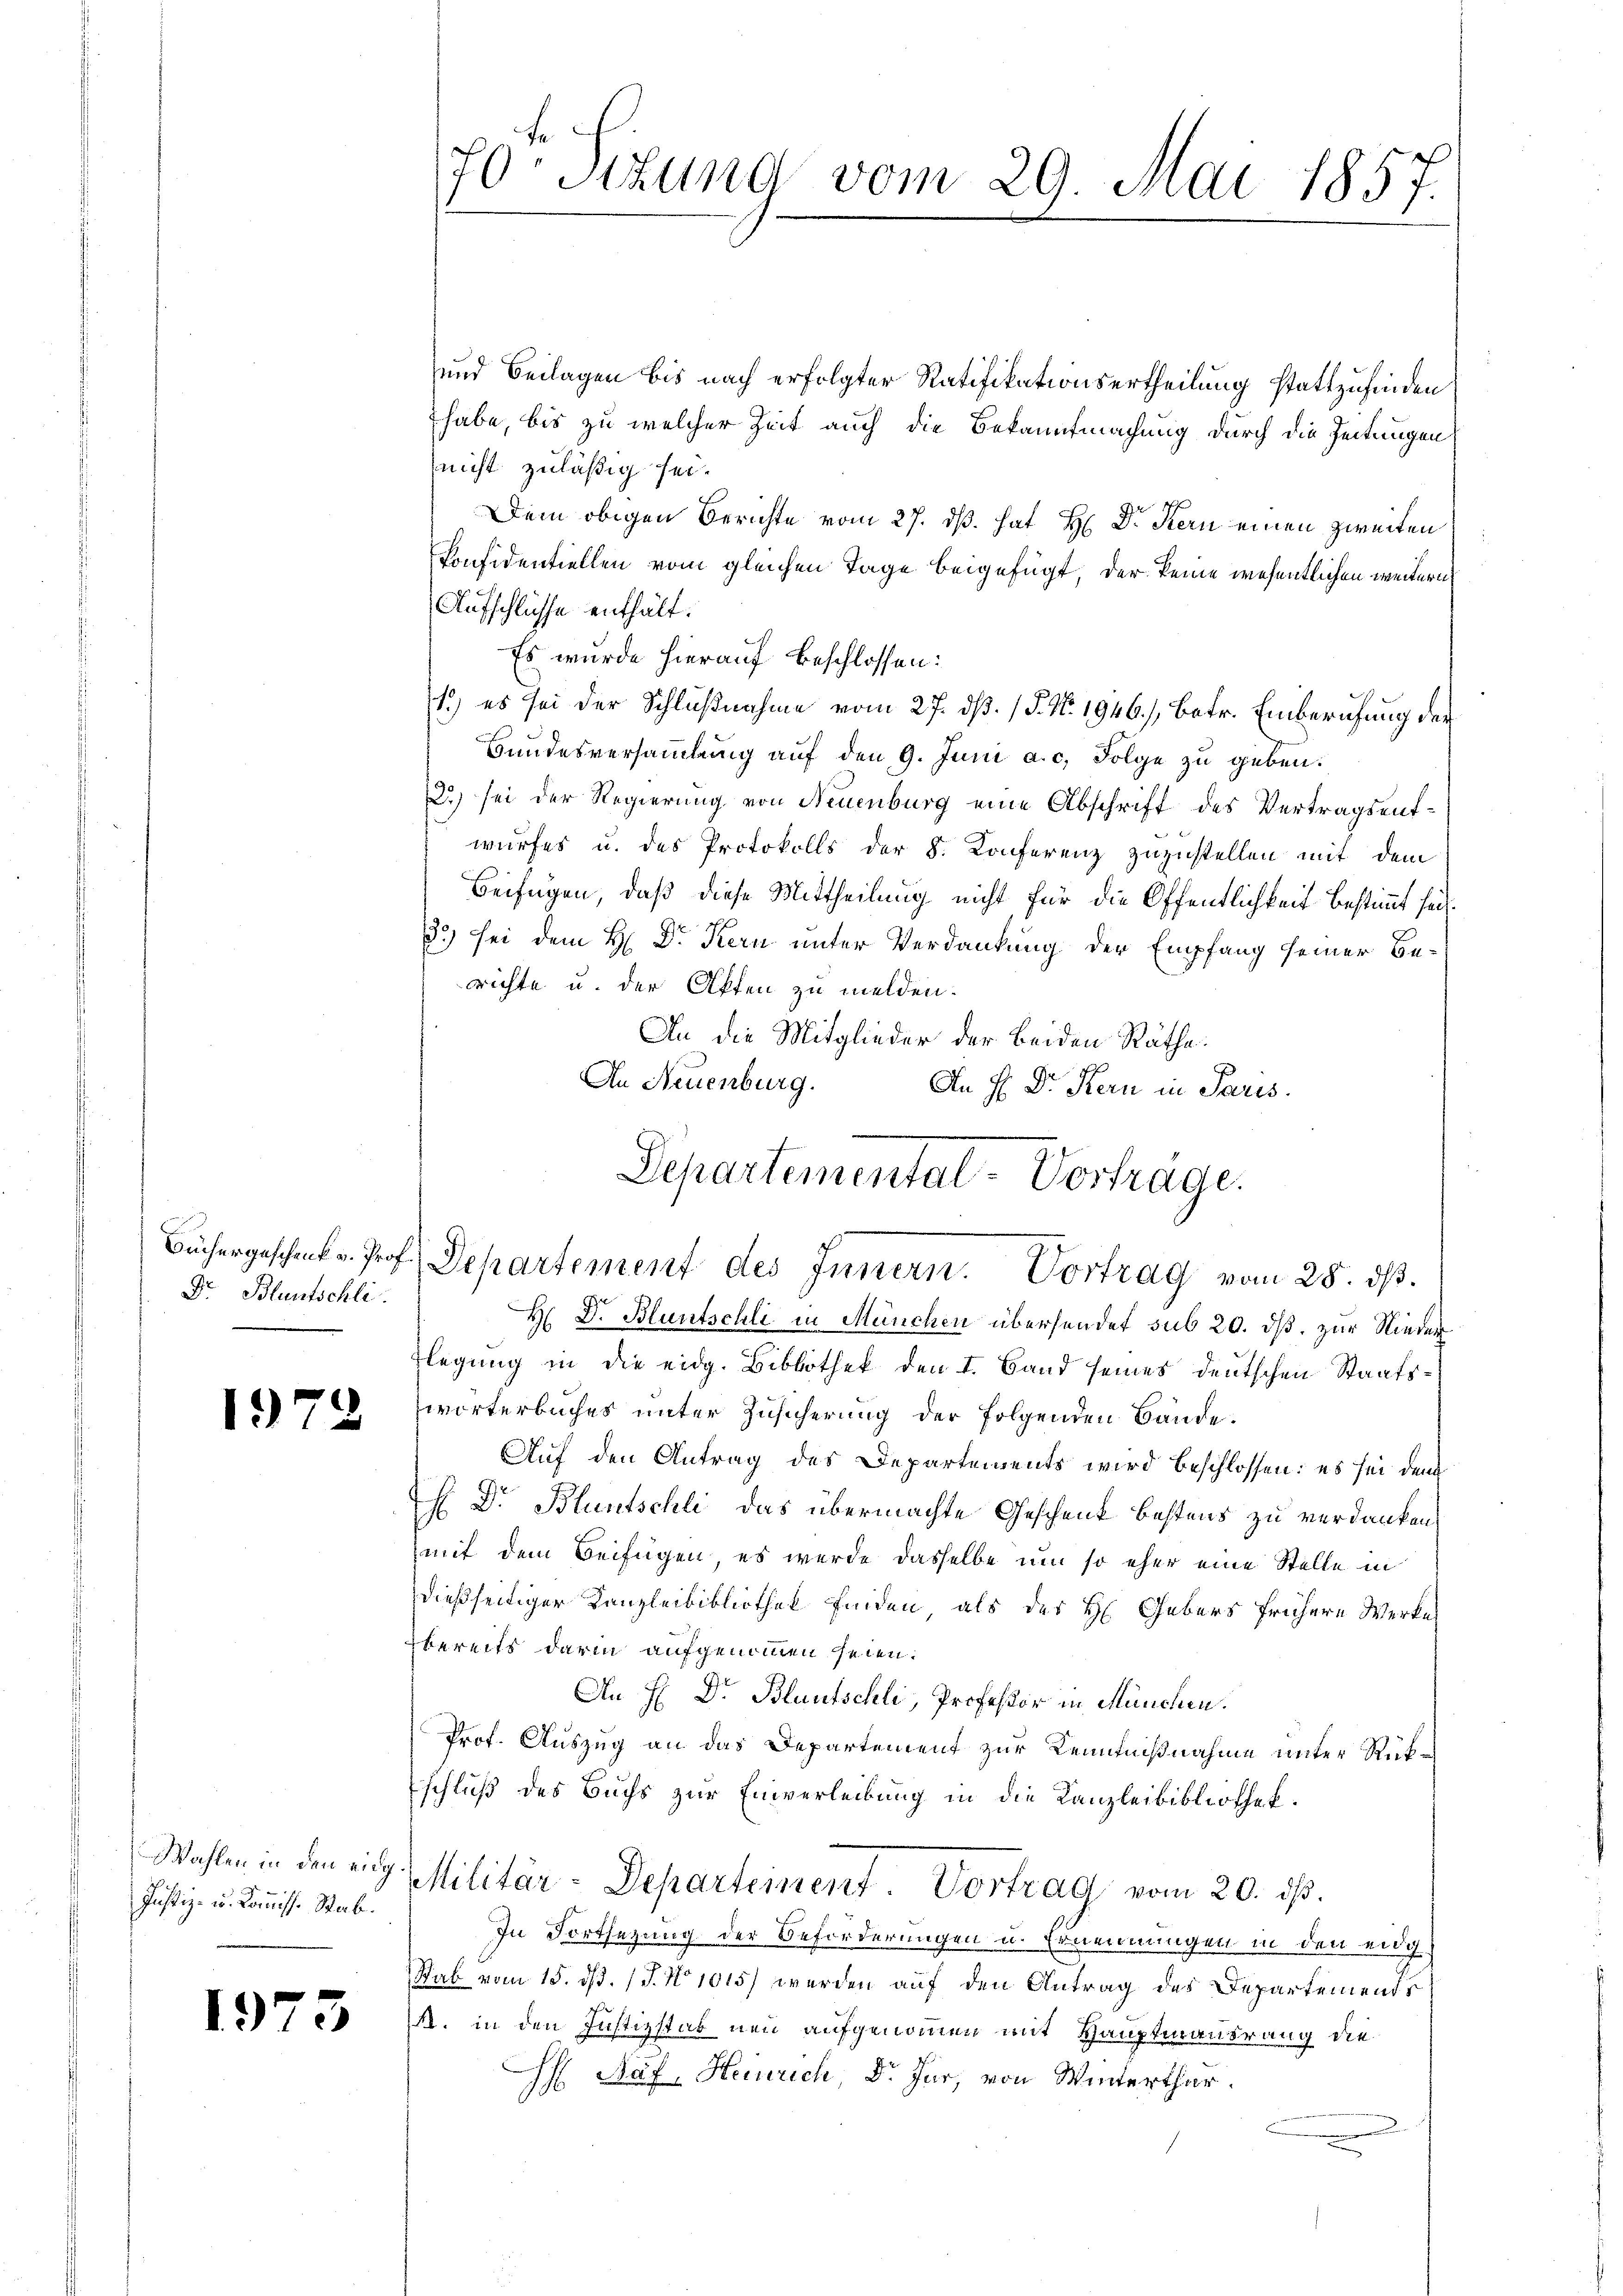
Dr. Bluntschli

197.

Justiz- u. Kommiss. Stab.

1973

und Beilagen bis nach erfolgter Ratifikationsertheilung stattzufinden
habe, bis zu welcher Zeit auch die Bekanntmachung durch die Zeitungen
nicht zuläßig sei.
Dem obigen Berichte vom 27. ds. hat H: Dr. Kern einen zweiten
konfidentiellen vom gleichen Tage beigefügt, der keine wesentlichen weitern
Aufschlüsse enthält.
Es wurde hierauf beschlossen:
1.) es sei der Schlußnahme vom 27. ds. (T. N. 1946./, betr. Einberufung der
Bundesversammlung auf den 9. Juni a.c. Folge zu geben.
2) sei der Regierung von Neuenburg eine Abschrift des Vertragsentwurfes u. des Protokolls der 8. Konferenz zuzustellen mit dem
Beifügen, daß diese Mittheilung nicht für die Öffentlichkeit bestimmt sei¬
33) sei dem H. Dr. Kern unter Verdankung der Empfang seiner Berichte u. der Akten zu melden.
An die Mitglieder der beiden Räthe:
An Neuenburg.
An H. Dr. Kern in Paris.

H Dr. Bluntschli in München übersendet sub 20. ds. zur Nieder¬
Klegung in die eidg. Bibbothek den I. Band seines deutschen Staatswörterbuches unter Zusicherung der folgenden Bände.
Auf den Antrag des Departements wird beschlossen: es sei den
H Dr. Bluntschli das übermachte Geschenk bestens zu verdanken
mit dem Beifügen, es wurde dasselbe um so eher eine Stelle in
dießseitiger Kanzleibibliothek finden, als der H. Gebers frühere Werke
bereits darin aufgenommen seien.
An H: Dr. Blautschli, Professor in München.
Prof. Auszug an das Departement zur Kenntnißnahme unter Rükschluß des Buchs zur Einverleibung in die Kanzleibibliothek.
Wahlen in den ein Militär-Departement. Vortrag vom 20. ds.
In Fortsezung der Beförderungen u. Ernennungen in den eidg
Stab vom 15. ds. (T. No 1015) werden auf den Antrag des Departements
M. in den Justizstab neu aufgenommen mit Hauptmannsrang die
H Näf, Heinrich, Dr. Jur, von Winterthur.

70r Sizung vom 29. Mai 1857.

Departemental-Vorträge.
Büchergeschenk v. Prof. Departement des Innern. Vortrag vom 28. ds.